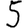
Digit: 5